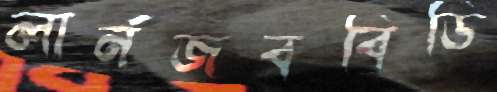
লার্নজববিডি